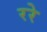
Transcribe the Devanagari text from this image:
ररे